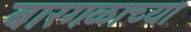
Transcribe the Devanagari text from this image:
बारगळाच्या